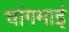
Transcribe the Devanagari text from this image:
चांगमाई